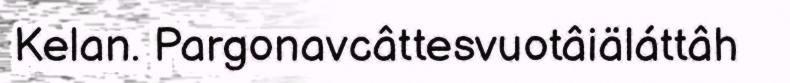
Kelan. Pargonavcâttesvuotâiäláttâh